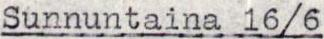
Sunnuntaina 16/6